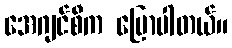
အေဂျင်စီက ပြောပါတယ်။